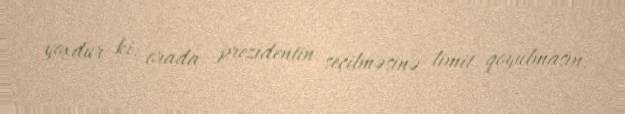
yoxdur ki, orada prezidentin seçilməsinə limit qoyulmasın.